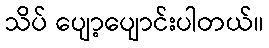
သိပ် ပျော့ပျောင်းပါတယ်။